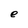
Character: e